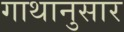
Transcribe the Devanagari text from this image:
गाथानुसार